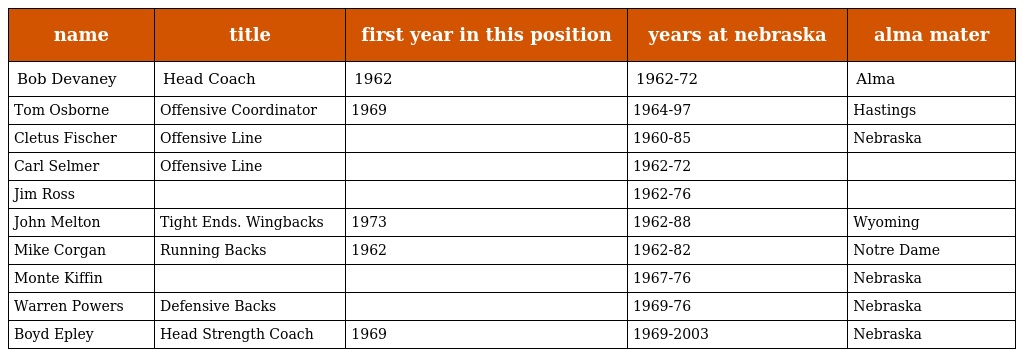
| name | title | first year in this position | years at nebraska | alma mater |
 | --- | --- | --- | --- | --- |
 | Bob Devaney | Head Coach | 1962 | 1962-72 | Alma |
 | Tom Osborne | Offensive Coordinator | 1969 | 1964-97 | Hastings |
 | Cletus Fischer | Offensive Line |  | 1960-85 | Nebraska |
 | Carl Selmer | Offensive Line |  | 1962-72 |  |
 | Jim Ross |  |  | 1962-76 |  |
 | John Melton | Tight Ends. Wingbacks | 1973 | 1962-88 | Wyoming |
 | Mike Corgan | Running Backs | 1962 | 1962-82 | Notre Dame |
 | Monte Kiffin |  |  | 1967-76 | Nebraska |
 | Warren Powers | Defensive Backs |  | 1969-76 | Nebraska |
 | Boyd Epley | Head Strength Coach | 1969 | 1969-2003 | Nebraska |